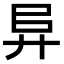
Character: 𢍀